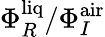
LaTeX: \Phi_{R}^{\mathrm{liq}}/\Phi_{I}^{\mathrm{air}}